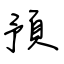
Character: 預